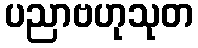
ပညာဗဟုသုတ